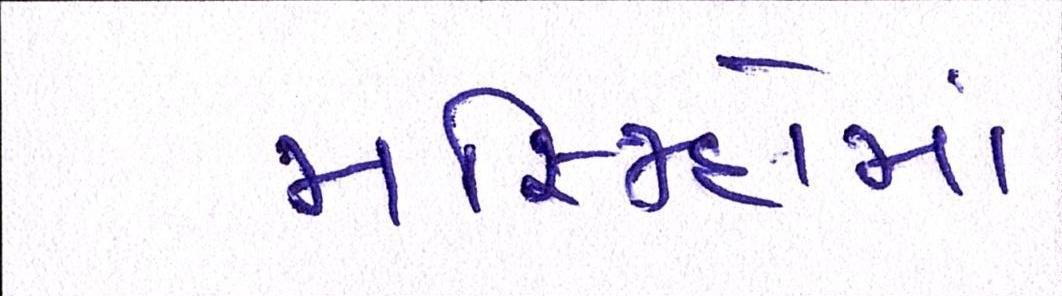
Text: મસ્જિદોમાં